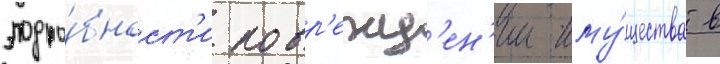
подро́бност'и повр'ежд'ен'ии иму́щества в